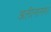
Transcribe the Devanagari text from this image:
अलीनानगर